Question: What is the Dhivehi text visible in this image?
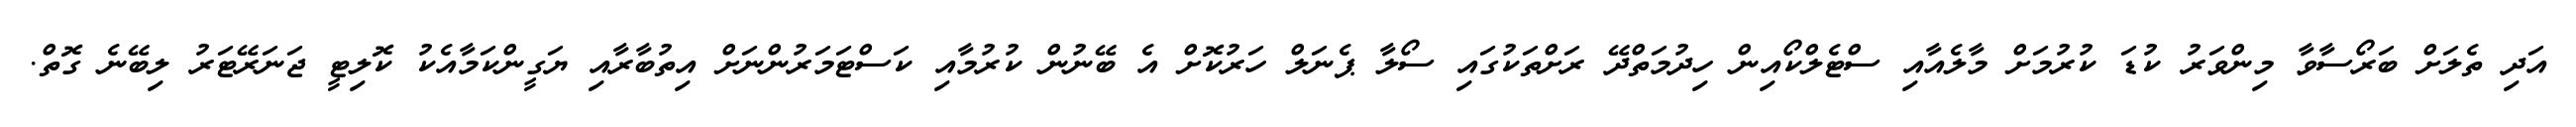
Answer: އަދި ތެލަށް ބަރޯސާވާ މިންވަރު ކުޑަ ކުރުމަށް މާލެއާއި ސްޓެލްކޯއިން ހިދުމަތްދޭ ރަށްތަކުގައި ސޯލާ ޕެނަލް ހަރުކޮށް އެ ބޭނުން ކުރުމާއި ކަސްޓަމަރުންނަށް އިތުބާރާއި ޔަގީންކަމާއެކު ކޮލިޓީ ޖަނަރޭޓަރު ލިބޭނެ ގޮތް.